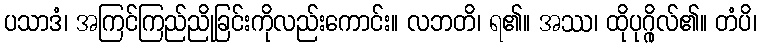
ပသာဒံ၊ အကြင်ကြည်ညိုခြင်းကိုလည်းကောင်း။ လဘတိ၊ ရ၏။ အဿ၊ ထိုပုဂ္ဂိုလ်၏။ တံပိ၊